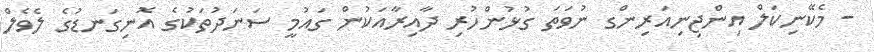
- މެކޭނިކަލް އިންޖިނިއަރިންގ ނުވަތަ ގުޅުންހުރި ދާއިރާއަކުން ގައުމީ ސަނަދުތަކުގެ އޮނިގަނޑުގެ ލެވެލް